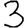
Digit: 3